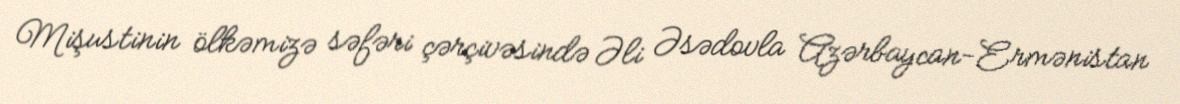
Mişustinin ölkəmizə səfəri çərçivəsində Əli Əsədovla Azərbaycan-Ermənistan